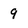
Character: 9